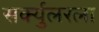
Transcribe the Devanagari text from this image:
सर्क्युलरला